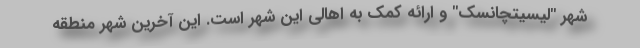
شهر "لیسیتچانسک" و ارائه کمک به اهالی این شهر است. این آخرین شهر منطقه